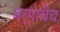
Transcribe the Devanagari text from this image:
वर्गाचेच